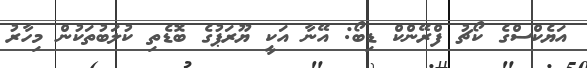
އަޔެކްސްގެ ކޯޗު ފްރޭންކް ޑިބޯ: އޭނާ އަކީ ޔޫރަޕުގެ ބޮޑެތި ކުލަބުތަކުން މިހާރު